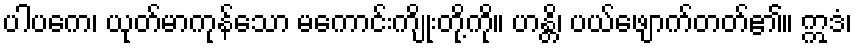
ပါပကေ၊ ယုတ်မာကုန်သော မကောင်းကျိုးတို့ကို။ ဟန္တိ၊ ပယ်ဖျောက်တတ်၏။ ဣဒံ၊